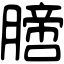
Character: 膪